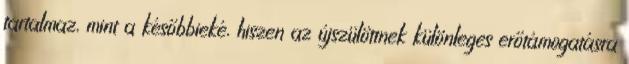
tartalmaz, mint a későbbieké, hiszen az újszülöttnek különleges erőtámogatásra